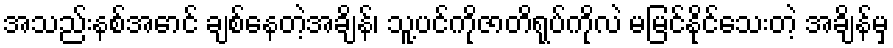
အသည်းနစ်အောင် ချစ်နေတဲ့အချိန်၊ သူ့ပင်ကိုဇာတိရုပ်ကိုလဲ မမြင်နိုင်သေးတဲ့ အချိန်မှ